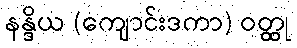
နန္ဒိယ (ကျောင်းဒကာ) ဝတ္ထု